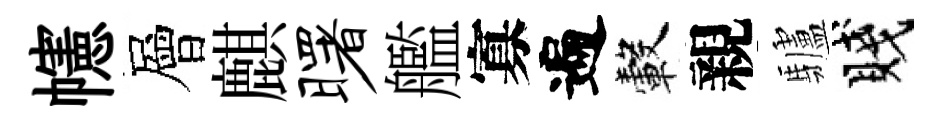
幰層麒曙艦寡遍轂親驢賤